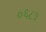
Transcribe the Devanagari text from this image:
०६८३